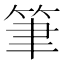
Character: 筆